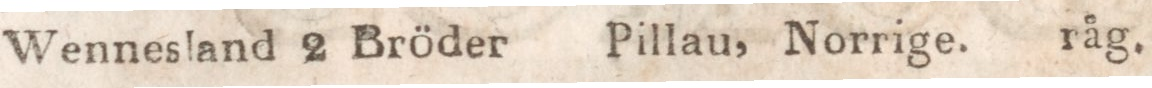
Wennesland 2 Bröder    Pillau, Norrige.     råg.